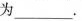
为___.